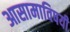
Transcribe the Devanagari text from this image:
आसामाविषयी